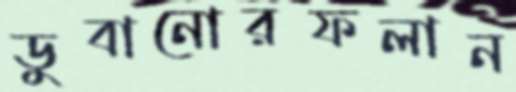
ডুবানোরফলান